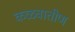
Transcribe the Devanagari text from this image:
कळवातीण